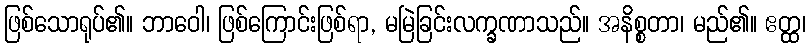
ဖြစ်သောရုပ်၏။ ဘာဝေါ၊ ဖြစ်ကြောင်းဖြစ်ရာ, မမြဲခြင်းလက္ခဏာသည်။ အနိစ္စတာ၊ မည်၏။ ဧတ္ထ၊